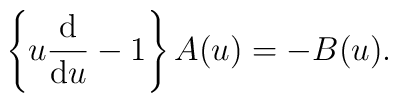
\left\{u\frac{{\rm d}}{{\rm d}u}-1\right\} A(u)= -B(u).